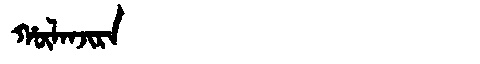
Manchu: ᡥᡡᠯᠠᠨᠵᡳᡵᠠ
Romanization: HŪLANJIRA